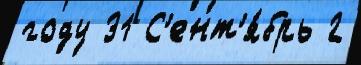
году 31 С'ент'я́брь 2